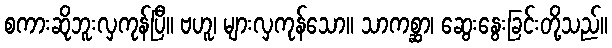
စကားဆိုဘူးလှကုန်ပြီ။ ဗဟူ၊ များလှကုန်သော။ သာကစ္ဆာ၊ ဆွေးနွေးခြင်းတို့သည်။